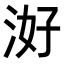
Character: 𭰕